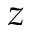
z